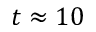
t \approx 1 0